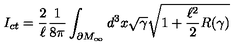
I _ { c t } = \frac { 2 } { \ell } \frac { 1 } { 8 \pi } \int _ { \partial M _ { \infty } } d ^ { 3 } x \sqrt { \gamma } \sqrt { 1 + \frac { \ell ^ { 2 } } { 2 } R ( \gamma ) }